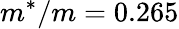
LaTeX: m^{*}/m=0.265